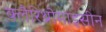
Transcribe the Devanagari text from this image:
क्लैरिथ्रोमाइसीन